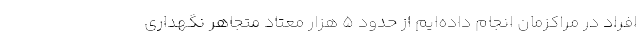
افراد در مراکزمان انجام داده‌ایم از حدود ۵ هزار معتاد متجاهر نگهداری